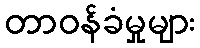
တာဝန်ခံမှုများ